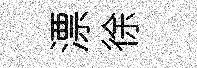
漂徐